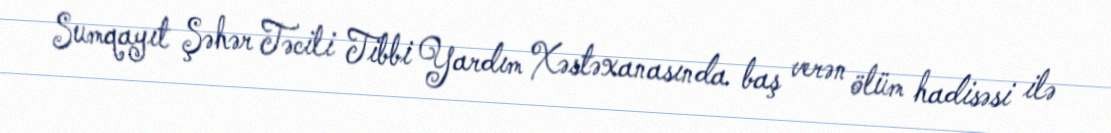
Sumqayıt Şəhər Təcili Tibbi Yardım Xəstəxanasında baş verən ölüm hadisəsi ilə